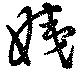
姨